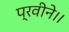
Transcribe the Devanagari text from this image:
प्रवीने।।